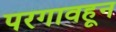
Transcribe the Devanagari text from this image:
परगावहून